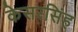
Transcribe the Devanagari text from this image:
केसरसिंह